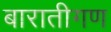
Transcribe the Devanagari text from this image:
बारातीगण